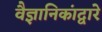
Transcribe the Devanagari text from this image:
वैज्ञानिकांद्वारे